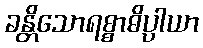
ခန္တိသောရစ္စာဓိပ္ပါယာ